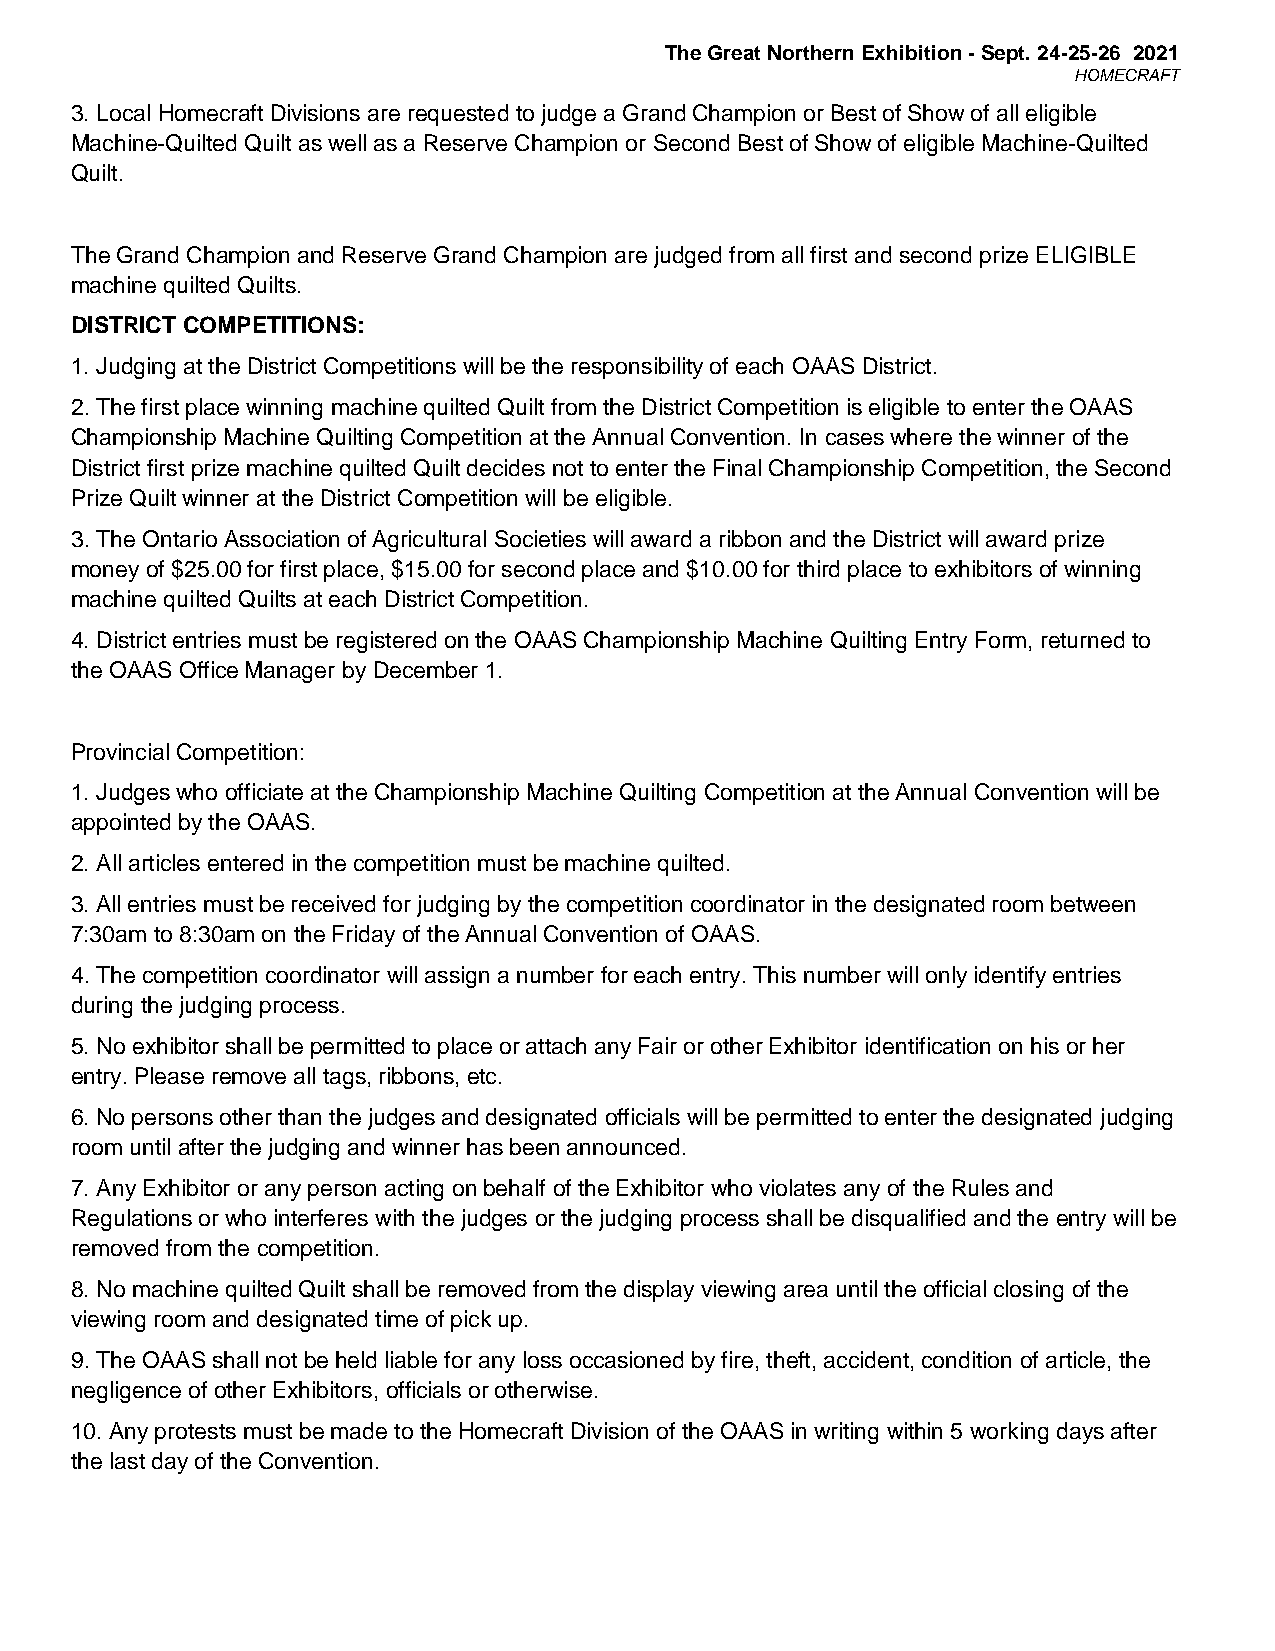
The Great Northern Exhibition - Sept. 24-25-26 2021
 HOMECRAFT
 3. Local Homecraft Divisions are requested to judge a Grand Champion or Best of Show of all eligible
 Machine-Quilted Quilt as well as a Reserve Champion or Second Best of Show of eligible Machine-Quilted
 Quilt.
 The Grand Champion and Reserve Grand Champion are judged from all first and second prize ELIGIBLE
 machine quilted Quilts.
 DISTRICT COMPETITIONS:
 1. Judging at the District Competitions will be the responsibility of each OAAS District.
 2. The first place winning machine quilted Quilt from the District Competition is eligible to enter the OAAS
 Championship Machine Quilting Competition at the Annual Convention. In cases where the winner of the
 District first prize machine quilted Quilt decides not to enter the Final Championship Competition, the Second
 Prize Quilt winner at the District Competition will be eligible.
 3. The Ontario Association of Agricultural Societies will award a ribbon and the District will award prize
 money of $25.00 for first place, $15.00 for second place and $10.00 for third place to exhibitors of winning
 machine quilted Quilts at each District Competition.
 4. District entries must be registered on the OAAS Championship Machine Quilting Entry Form, returned to
 the OAAS Office Manager by December 1.
 Provincial Competition:
 1. Judges who officiate at the Championship Machine Quilting Competition at the Annual Convention will be
 appointed by the OAAS.
 2. All articles entered in the competition must be machine quilted.
 3. All entries must be received for judging by the competition coordinator in the designated room between
 7:30am to 8:30am on the Friday of the Annual Convention of OAAS.
 4. The competition coordinator will assign a number for each entry. This number will only identify entries
 during the judging process.
 5. No exhibitor shall be permitted to place or attach any Fair or other Exhibitor identification on his or her
 entry. Please remove all tags, ribbons, etc.
 6. No persons other than the judges and designated officials will be permitted to enter the designated judging
 room until after the judging and winner has been announced.
 7. Any Exhibitor or any person acting on behalf of the Exhibitor who violates any of the Rules and
 Regulations or who interferes with the judges or the judging process shall be disqualified and the entry will be
 removed from the competition.
 8. No machine quilted Quilt shall be removed from the display viewing area until the official closing of the
 viewing room and designated time of pick up.
 9. The OAAS shall not be held liable for any loss occasioned by fire, theft, accident, condition of article, the
 negligence of other Exhibitors, officials or otherwise.
 10. Any protests must be made to the Homecraft Division of the OAAS in writing within 5 working days after
 the last day of the Convention.